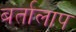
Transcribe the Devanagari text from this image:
बर्तालाप